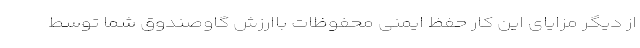
از دیگر مزایای این کار حفظ ایمنی محفوظات باارزش گاوصندوق شما توسط